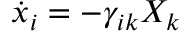
{ \dot { x } } _ { i } = - \gamma _ { i k } X _ { k }